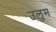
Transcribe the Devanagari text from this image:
उलुम